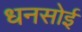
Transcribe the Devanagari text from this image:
धनसोई